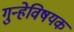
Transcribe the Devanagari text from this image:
गुन्हेविषयक